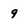
Character: 9